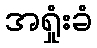
အရှုံးခံ